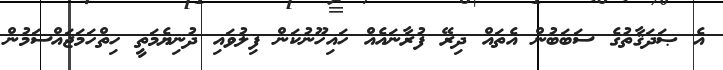
އެ ޞަދަޤާތުގެ ސަބަބުން އެތައް ދިރޭ ފުރާނައެއް ހައިހޫނުކަން ފިލުވައި ދުނިޔެމަތީ ހިތްހަމަޖައްސަމުން